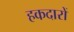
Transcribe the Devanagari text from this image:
हकदारों